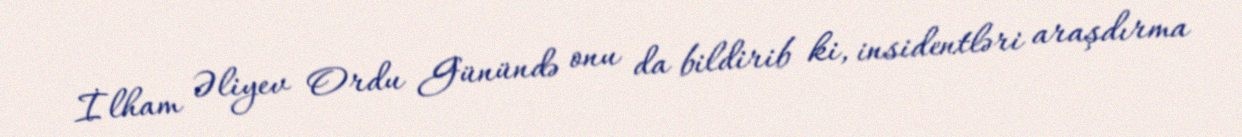
İlham Əliyev Ordu Günündə onu da bildirib ki, insidentləri araşdırma